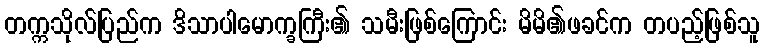
တက္ကသိုလ်ပြည်က ဒိသာပါမောက္ခကြီး၏ သမီးဖြစ်ကြောင်း မိမိ၏ဖခင်က တပည့်ဖြစ်သူ